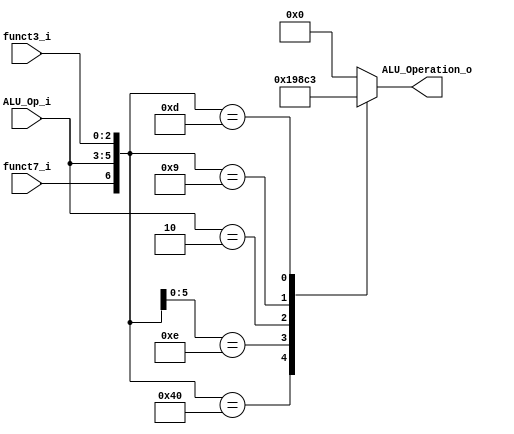
/******************************************************************
* Description
*	This is the control unit for the ALU. It receves a signal called 
*	ALUOp from the control unit and signals called funct7 and funct3  from
*	the instruction bus.
* Version:
*	1.0
* Author:
*	Dr. Jos Luis Pizano Escalante
* email:
*	luispizano@iteso.mx
* Date:
*	16/08/2021
******************************************************************/
module ALU_Control
(
	input funct7_i, 
	input [2:0] ALU_Op_i,
	input [2:0] funct3_i,
	

	output [3:0] ALU_Operation_o

);

localparam U_Type_LUI         = 7'bx_010_xxx;
localparam I_Type_ORI         = 7'bx_001_110;
localparam I_Type_ADDI        = 7'bx_001_000;
localparam I_Type_SLLI        = 7'b0_001_001;
localparam I_Type_SRLI        = 7'b0_001_101;
localparam R_Type_SUB         = 7'b1_000_000;

	
reg [3:0] alu_control_values;
wire [6:0] selector;

assign selector = {funct7_i, ALU_Op_i, funct3_i};

always@(selector)begin
	casex(selector)
		
		I_Type_ADDI: alu_control_values        = 4'b0000;
		R_Type_SUB: alu_control_values         = 4'b0001;
		I_Type_ORI: alu_control_values         = 4'b1001;
		U_Type_LUI: alu_control_values         = 4'b1000;
		I_Type_SLLI: alu_control_values        = 4'b1100;
		I_Type_SRLI: alu_control_values        = 4'b0011;
	
		default: alu_control_values = 4'b00_00;
	endcase
end


assign ALU_Operation_o = alu_control_values;


endmodule